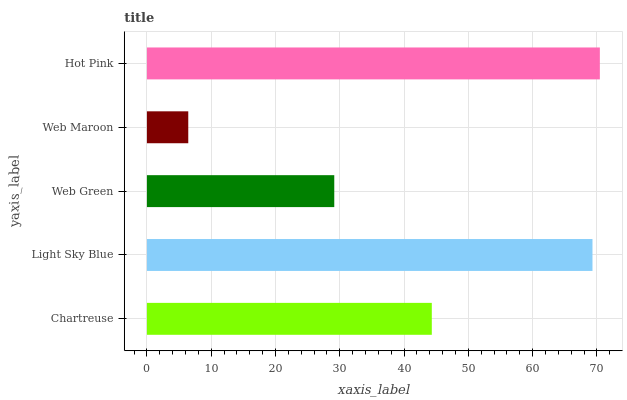
| yaxis_label | bars |
 | --- | --- |
 | Chartreuse | 44.3 |
 | Light Sky Blue | 69.3 |
 | Web Green | 29.1 |
 | Web Maroon | 6.43 |
 | Hot Pink | 70.5 |